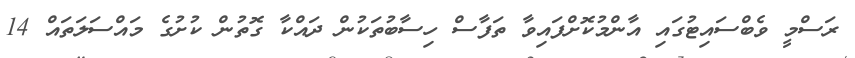
ރަސްމީ ވެބްސައިޓުގައި އާންމުކޮށްފައިވާ ތަފާސް ހިސާބުތަކުން ދައްކާ ގޮތުން ކުށުގެ މައްސަލަތައް 14